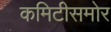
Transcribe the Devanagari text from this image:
कमिटीसमोर